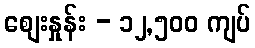
စျေးနှုန်း - ၁၂,၅၀၀ ကျပ်